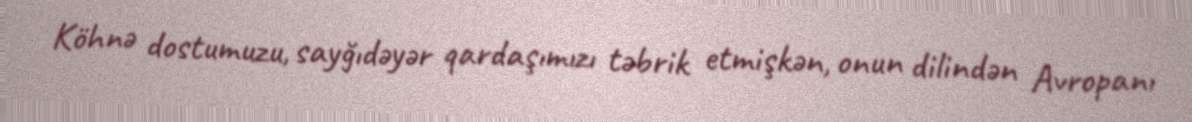
Köhnə dostumuzu, sayğıdəyər qardaşımızı təbrik etmişkən, onun dilindən Avropanı